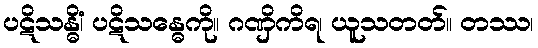
ပဋိသန္ဓိံ၊ ပဋိသန္ဓေကို။ ဂဏှိကိရ၊ ယူသတတ်။ တဿ၊